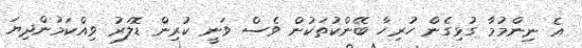
އެ ނިންމުމާ ގުޅިގެން ހުރިހާ ބޭންކުތަކުން ވެސް ވަނީ ކުރިން ޑޮލަރު ވިއްކަމުންދިޔަ